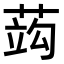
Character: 𦵑